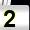
Digit: 2